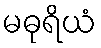
မဓုရိယံ